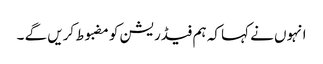
انہوں نے کہا کہ ہم فیڈریشن کو مضبوط کریں گے ۔